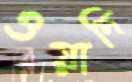
ওয়াদি